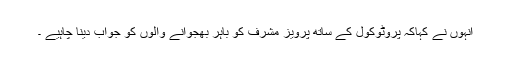
انہوں نے کہاکہ پروٹوکول کے ساتھ پرویز مشرف کو باہر بھجوانے والوں کو جواب دینا چاہیے ۔